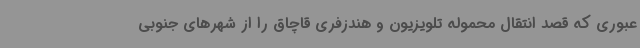
عبوری که قصد انتقال محموله تلویزیون و هندزفری قاچاق را از شهرهای جنوبی